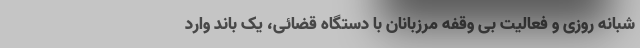
شبانه روزی و فعالیت بی وقفه مرزبانان با دستگاه قضائی، یک باند وارد